Circular to Secondary Education Committee, 1906
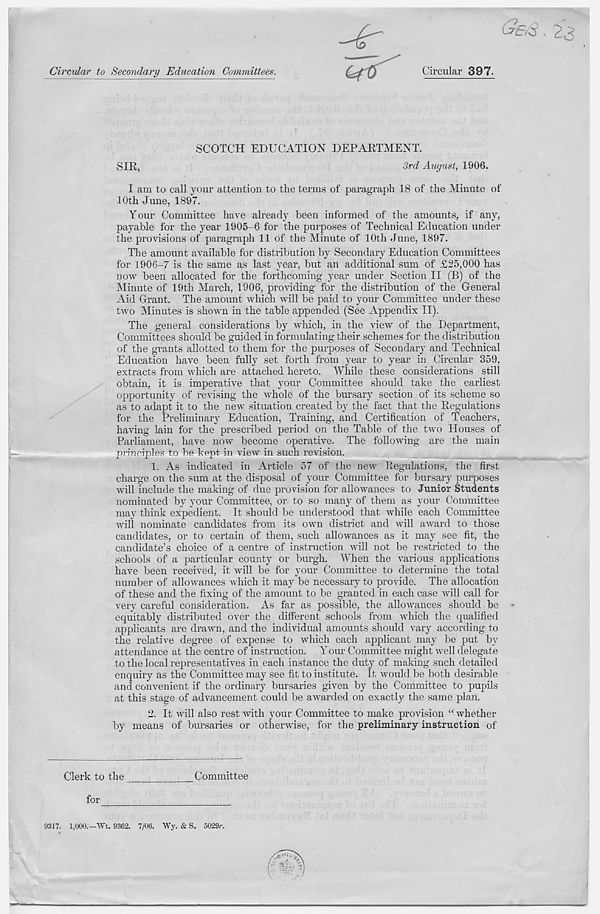
Circular to Secondary Education Committees.
Circular 397.
SIR,
SCOTCH EDUCATION DEPARTMENT.
3rd August, 1906.
I am to call your attention to the terms of paragraph 18 of the Minute of
10th June, 1897.
Your Committee have already been informed of the amounts, if any,
payable for the year 1905-6 for the purposes of Technical Education under
the provisions of paragraph 11 of the Minute of 10th June, 1897.
The amount available for distribution by Secondary Education Committees
for 1906-7 is the same as last year, but an additional sum of £25,000 has
now been allocated for the forthcoming year under Section II (B) of the
Minute of 19th March, 1906, providing for the distribution of the General
Aid Grant. The amount which will be paid to your Committee under these
two Minutes is shown in the table appended (See Appendix II).
The general considerations by which, in the view of the Department,
Committees should be guided in formulating their schemes for the distribution
of the grants allotted to them for the purposes of Secondary and Technical
Education have been fully set forth from year to year in Circular 359,
extracts from which are attached hereto. While these considerations still
obtain, it is imperative that your Committee should take the earliest
opportunity of revising the whole of the bursary section of its scheme so
as to adapt it to the new situation created by the fact that the Regulations
for the Preliminary Education, Training, and Certification of Teachers,
having lain for the prescribed period on the Table of the two Houses of
Parliament, have now become operative. The following are the main
principles to be kejot in view in such revision.
1. As indicated in Article 57 of the new Regulations, the first
charge on the sum at the disposal of your Committee for bursary purposes
will include the making of due provision for allowances to Junior Students
nominated by your Committee, or to so many of them as your Committee
may think expedient. It should be understood that while each Committee
will nominate candidates from its own district and will award to those
candidates, or to certain of them, such allowances as it may see fit, the
candidate’s choice of a centre of instruction will not be restricted to the
schools of a particular county or burgh. When the various applications
have been received, it will be for your Committee to determine the total
number of allowances which it may be necessary to provide. The allocation
of these and the fixing of the amount to be granted in each case will call for
very careful consideration. As far as possible, the allowances should be
equitably distributed over the different schools from which the qualified
applicants are drawn, and the individual amounts should vary according to
the relative degree of expense to which each applicant may be put by
attendance at the centre of instruction. Your Committee might well delegate
to the local representatives in each instance the duty of making such detailed
enquiry as the Committee may see fit to institute. It would be both desirable
and convenient if the ordinary bursaries given by the Committee to pupils
at this stage of advancement could be awarded on exactly the same plan.
2. It will also rest with your Committee to make provision “ whether
by means of bursaries or otherwise, for the preliminary instruction of
Clerk to the
Committee
for
9317. 1,000.—Wt. 9362. 7/06. Wy. & S. 5029r.